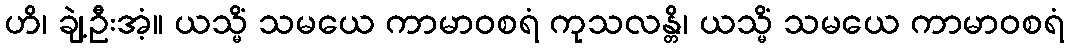
ဟိ၊ ချဲ့ဦးအံ့။ ယသ္မိံ သမယေ ကာမာဝစရံ ကုသလန္တိ၊ ယသ္မိံ သမယေ ကာမာဝစရံ